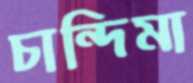
চান্দিমা